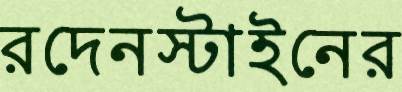
রদেনস্টাইনের